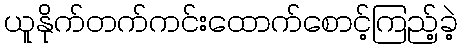
ယူနိုက်တက်ကင်းထောက်စောင့်ကြည့်ခဲ့